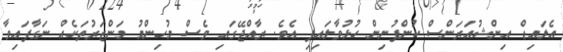
އެލައިޑް އިންޝުއަރަންސް ކުންފުނިން ހުޅުވާލައިފި އެވެ. ރާއްޖޭގައި ވެސް މުހިންމު މަންޒަރުތަކެއް ނަގާފައިވާ